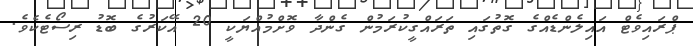
ޕްރައިވެޓް އައިލެންޑެއްގެ ގޮތުގައި ތަރައްގީކުރަމުން ގެންދާ ވޮށްމުއްޔަކީ 20 އޭކަރުގެ ބޮޑު ރިސޯޓެކެވެ.